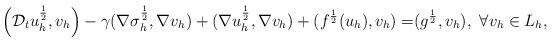
LaTeX: \begin{align*}\Big{(}\mathcal{D}_tu_h^{\frac12},v_h\Big{)}-\gamma(\nabla \sigma_h^{\frac12},\nabla v_h)+(\nabla u_h^{\frac12},\nabla v_h)+(f^{\frac12}(u_h),v_h)=&(g^{\frac12},v_h),~\forall v_h\in L_h,\end{align*}